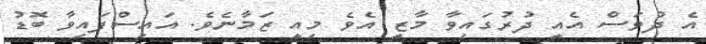
އެ ދުވަސް އެއީ ދުރުގައިވާ މާޒީ އެވެ މިއީ ޒަމާނެވެ. އައިސްފައިވާ ބޮޑު